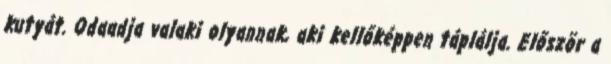
kutyát. Odaadja valaki olyannak, aki kellőképpen táplálja. Először a